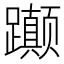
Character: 𬧚